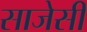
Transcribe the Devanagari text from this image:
साजेसी